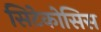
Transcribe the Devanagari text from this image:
सिटेकोसिस